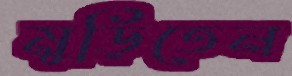
মুড়িতেন